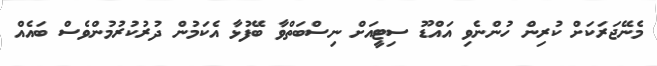
މެނޭޖަރަކަށް ކުރިން ހުންނެވި އައްޑޫ ސިޓީއަށް ނިސްބަތްވާ ބޭފުޅާ އެކަމުން ދުރުކުރުމުންވެސް ބައެއް